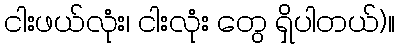
ငါးဖယ်လုံး၊ ငါးလုံး တွေ ရှိပါတယ်)။